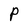
Character: P